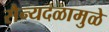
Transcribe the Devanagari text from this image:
सैन्यदळामुळे